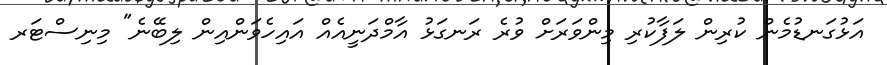
އަޅުގަނޑުމެން ކުރިން ލަފާކުރި މިންވަރަށް ވުރެ ރަނގަޅު އާމްދަނީއެއް އައިހެވަންއިން ލިބޭނެ" މިނިސްޓަރ